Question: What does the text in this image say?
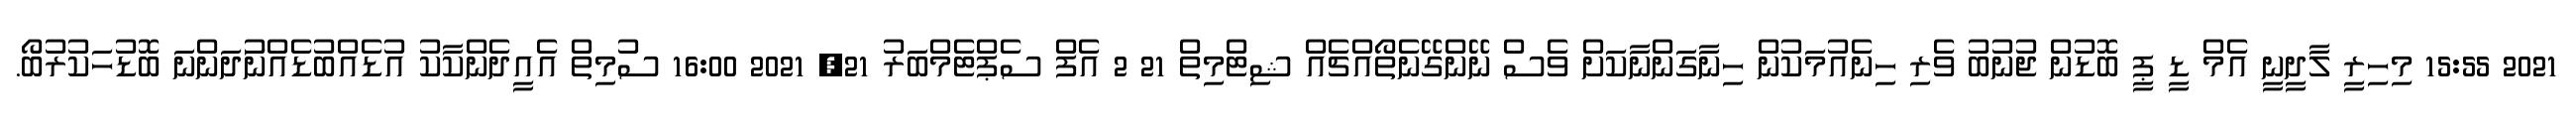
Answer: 2021 15:55 މިހިރީ ލާދީނީ އެމް ޑީ ޕީ ބޮޑުން ޖުނުބު ވެރި ހިނެއުމަކުން ހިނާގަންނާކަށް ވެސް ނޭންގޭނެތޯއްޗެއް ޝިޓްމިތް 21 2 އެފް ސެޕްޓެމްބަރު 21, 2021 16:00 ސުމިތް އެއީދެންކާކު އުޑެއްބުޑެއްނުަދަންނަ ބޮޑުހަކުރުބޯ.